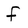
Character: f